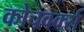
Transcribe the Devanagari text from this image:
कोचवर्क्स